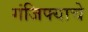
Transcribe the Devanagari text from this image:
गंजिफ्याचे